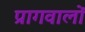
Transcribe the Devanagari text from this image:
प्रागवालों